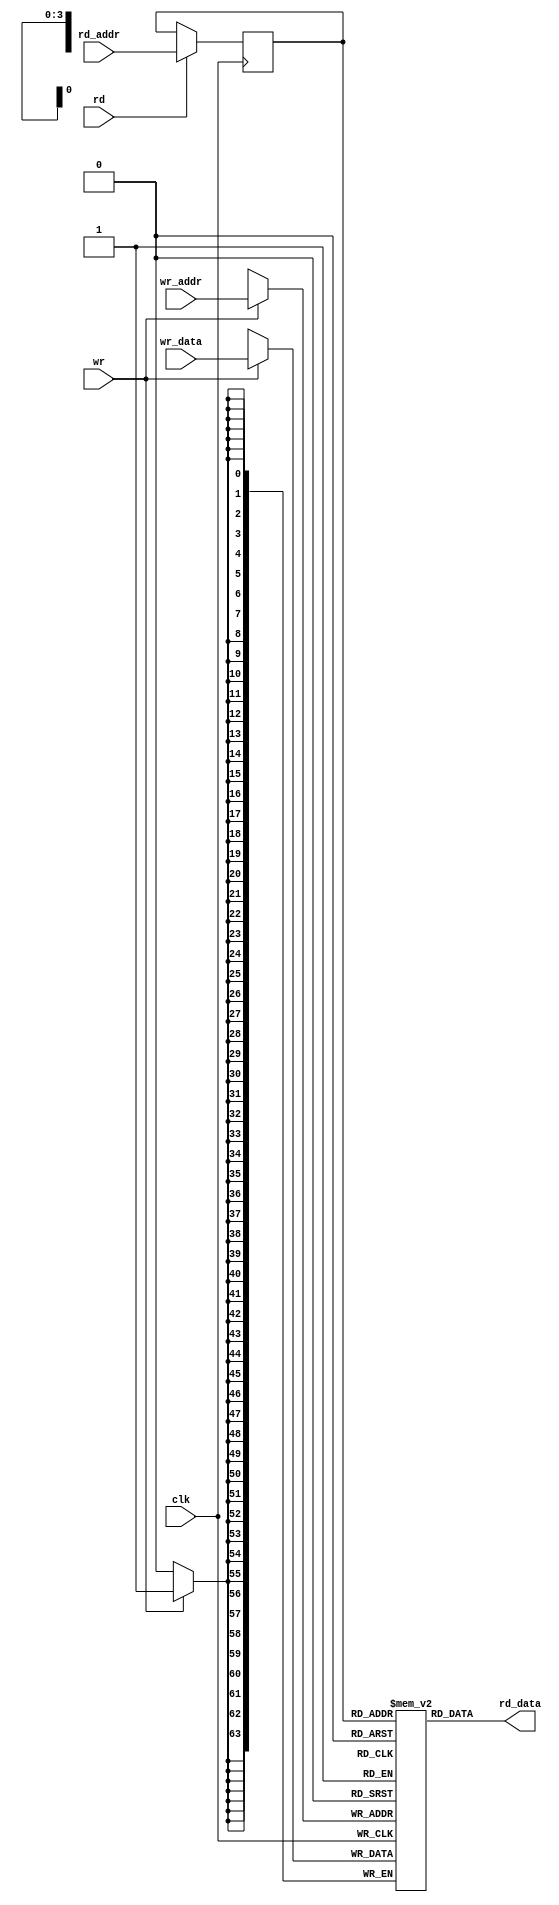
//////////////////////////////////////////////////////////////////////
////                                                              ////
////  Ram module                                                  ////
////                                                              ////
////  Description:                                                ////
////  this is 16x64, we can use a 16x128 to replace two of this   ////
////    module, also, can use specific foundry libs instead       ////
////                                                              ////
////  To Do:                                                      ////
////   - done                                                     ////
////                                                              ////
////  Author(s):                                                  ////
////      - Luo Dongjun,   dongjun_luo@hotmail.com                ////
////                                                              ////
//////////////////////////////////////////////////////////////////////
module ram_16x64 (clk,wr,wr_addr,wr_data,rd,rd_addr,rd_data);
 
input clk,wr,rd;
input [3:0] wr_addr,rd_addr;
input [63:0] wr_data;
output [63:0] rd_data;
 
reg [63:0] mem[15:0];
wire [63:0] rd_data;
 
// behavioral code for 16x64 mem
always @ (posedge clk)
begin
   if (wr)
      mem[wr_addr] <= wr_data;
end
 
reg [3:0] srd_addr;

always @ (posedge clk)
begin
	if (rd) 
		srd_addr <= rd_addr;
end 

assign rd_data = mem[srd_addr];

endmodule